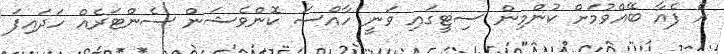
އެ ފެއާ ބޭއްވުމަށް ކުންމިން ސިޓީގައި ވަނީ ހާއްސަ ކޮންވެޝަން ސެންޓަރެއް ހަދައިފަ